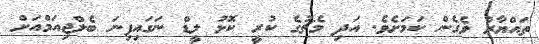
ތައްޔާރު ވެގެން ކަމަށެވެ. އަދި މެޗުގެ ކުރީ ކޮޅު ލީޑް ނަގައިފިނަ ބެލްޖިއަމްއަށް